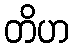
တိဟ